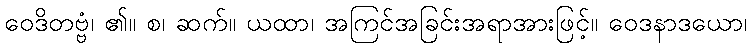
ဝေဒိတဗ္ဗံ၊ ၏။ စ၊ ဆက်။ ယထာ၊ အကြင်အခြင်းအရာအားဖြင့်။ ဝေဒနာဒယော၊